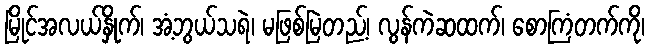
မြိုင်အလယ်နှိုက်၊ အံ့ဘွယ်သရဲ၊ မဖြစ်မြဲတည့်၊ လွန်ကဲဆထက်၊ စောကြံတက်ကို၊